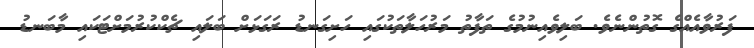
ފަރުވާއެއްގެ ގޮތުންނެވެ. ބަލިވެއިނުމުގެ ތަފާތު މަރުހަލާތަކުގައި ހަށިގަނޑު ރަގަޅަށް ބަލައި ޗެކްކުރުމަށްޓަކައި މާބަނޑު